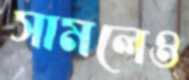
সামলেও